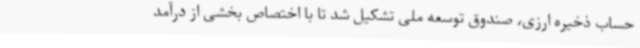
حساب ذخیره ارزی، صندوق توسعه ملی تشکیل شد تا با اختصاص بخشی از درآمد